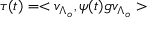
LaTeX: \tau ( t ) = < v _ { \Lambda _ { o } } , \psi ( t ) g v _ { \Lambda _ { o } } >